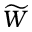
\widetilde { W }